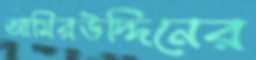
আমিরউদ্দিনের